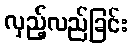
လှည့်လည်ခြင်း